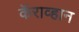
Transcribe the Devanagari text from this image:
कॅराव्हान